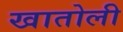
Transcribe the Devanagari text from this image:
खातोली